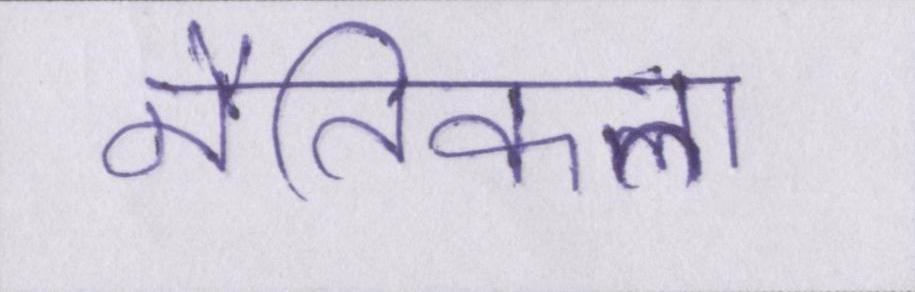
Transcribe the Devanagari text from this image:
नैतिकता